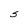
Character: S